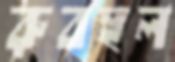
রুবহুল